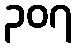
၃၀၇